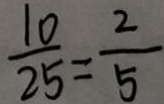
\frac { 1 0 } { 2 5 } = \frac { 2 } { 5 }